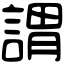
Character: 謂